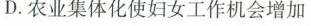
D.农业集体化使妇女工作机会增